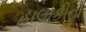
હાલાકીનો